Indian journal of veterinary science and animal husbandry - Volumes 24-25, 1954-1955
Year: 1954
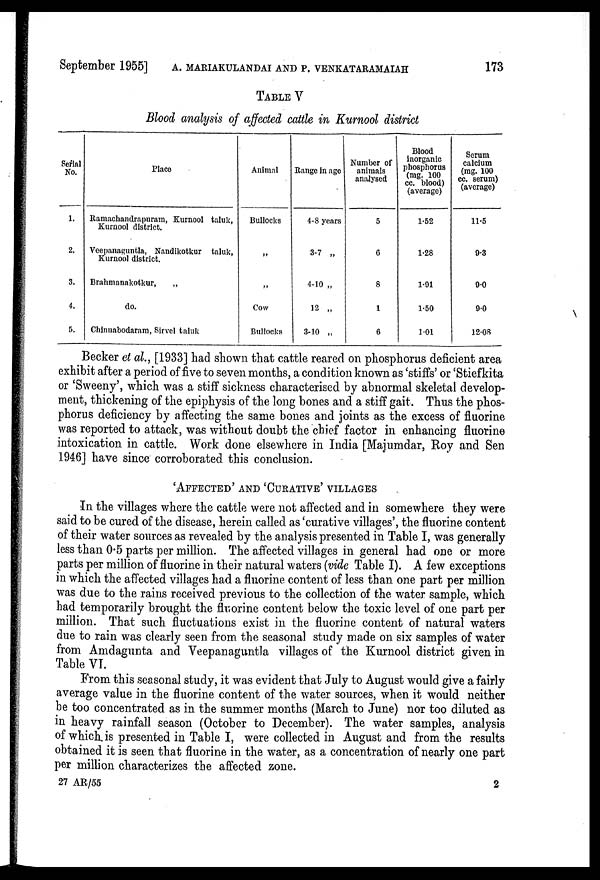
September 1955] A. MARIAKULANDAI AND P. VENKATAR
TABLE V
Blood analysis of affected cattle in Kurnool district
Serial
No.
1.
2.
3.
4.
5.
Place
Ramachandrapuram, Kurnool taluk,
Kurnool district.
Veepanaguntla, Nandikotkur taluk,
Kurnool district.
Brahmanakotkur,
„
do.
Chinnabodaram, Sirvel taluk
Animal
Bullocks
„
„
Cow
Bullocks
Range in age
4-8 years
3-7 „
4-10 „
12 „
3-10 „
Number of
animals
analysed
5
6
8
1
6
Blood
inorganic
phosphorus
(mg. 100
cc. blood)
(average)
1.52
1.28
1.91
1.50
1.01
Serum
calcium
(mg. 100
cc. serum)
(average)
11.5
9.3
9.0
9.0
12.08
Becker et al., [1933] had shown that cattle reared on phosphorus deficient area
exhibit after a period of five to seven months, a condition known as 'stiffs' or 'Stiefkita
or 'Sweeny', which was a stiff sickness characterised by abnormal skeletal develop-
ment, thickening of the epiphysis of the long bones and a stiff gait. Thus the phos-
phorus deficiency by affecting the same bones and joints as the excess of fluorine
was reported to attack, was without doubt the chief factor in enhancing fluorine
intoxication in cattle. Work done elsewhere in India [Majumdar, Roy and Sen
1946] have since corroborated this conclusion.
'AFFECTED' AND 'CURATIVE' VILLAGES
In the villages where the cattle were not affected and in somewhere they were
said to be cured of the disease, herein called as 'curative villages', the fluorine content
of their water sources as revealed by the analysis presented in Table I, was generally
less than 0.5 parts per million. The affected villages in general had one or more
parts per million of fluorine in their natural waters (vide Table I). A few exceptions
in which the affected villages had a fluorine content of less than one part per million
was due to the rains received previous to the collection of the water sample, which
had temporarily brought the fluorine content below the toxic level of one part per
million. That such fluctuations exist in the fluorine content of natural waters
due to rain was clearly seen from the seasonal study made on six samples of water
from Amdagunta and Veepanaguntla villages of the Kurnool district given in
Table VI.
From this seasonal study, it was evident that July to August would give a fairly
average value in the fluorine content of the water sources, when it would neither
be too concentrated as in the summer months (March to June) nor too diluted as
in heavy rainfall season (October to December). The water samples, analysis
of which is presented in Table I, were collected in August and from the results
obtained it is seen that fluorine in the water, as a concentration of nearly one part
per million characterizes the affected zone.
27 AR/55
2